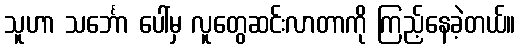
သူဟာ သင်္ဘော ပေါ်မှ လူတွေဆင်းလာတာကို ကြည့်နေခဲ့တယ်။